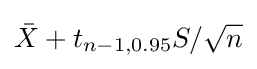
{\bar {X}}+t_{n-1,0.95}S/{\sqrt {n}}